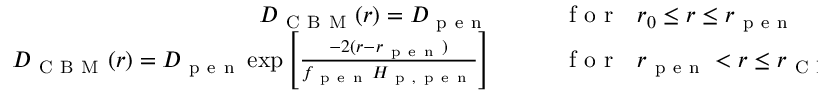
\begin{array} { r l } { D _ { \mathrm { ~ C ~ B ~ M ~ } } ( r ) = D _ { \mathrm { ~ p ~ e ~ n ~ } } \qquad } & { { } \mathrm { ~ f ~ o ~ r ~ } \ \ r _ { 0 } \leq r \leq r _ { \mathrm { ~ p ~ e ~ n ~ } } } \\ { D _ { \mathrm { ~ C ~ B ~ M ~ } } ( r ) = D _ { \mathrm { ~ p ~ e ~ n ~ } } \exp \left[ \frac { - 2 ( r - r _ { \mathrm { ~ p ~ e ~ n ~ } } ) } { f _ { \mathrm { ~ p ~ e ~ n ~ } } H _ { \mathrm { ~ p ~ , ~ p ~ e ~ n ~ } } } \right] \qquad } & { { } \mathrm { ~ f ~ o ~ r ~ } \ \ r _ { \mathrm { ~ p ~ e ~ n ~ } } < r \leq r _ { \mathrm { ~ C ~ B ~ M ~ } } , } \end{array}